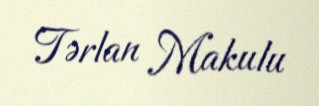
Tərlan Makulu